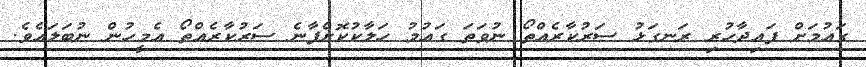
ގައުމަށް ފައިދާހުރި ރަނގަޅު ސަރުކާރެއްތޯ ނުވަތަ ގައުމު ހަލާކުކޮށްފާނެ ސަރުކާރެއްތޯ އެމީހުން ނުބަލައެވެ.